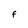
Character: f